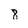
Character: 8